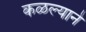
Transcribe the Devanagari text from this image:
कळल्याने